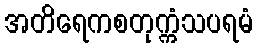
အတိရေကစတုက္ကံသပရမံ